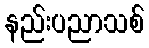
နည်းပညာသစ်